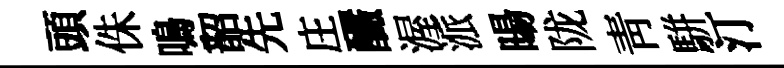
頭侏鳴韶先庄釅渥派暘陇靑駢汀